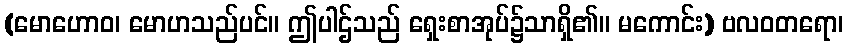
(မောဟောဝ၊ မောဟသည်ပင်။ ဤပါဌ်သည် ရှေးစာအုပ်၌သာရှိ၏။ မကောင်း) ဗလဝတရော၊